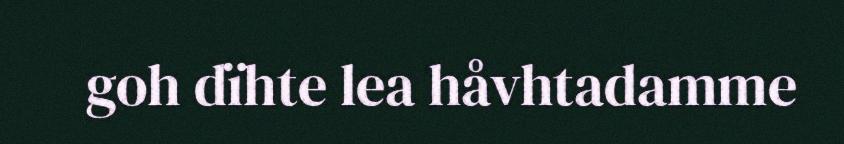
goh dïhte lea håvhtadamme